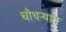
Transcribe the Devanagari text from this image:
चौथऱ्यात